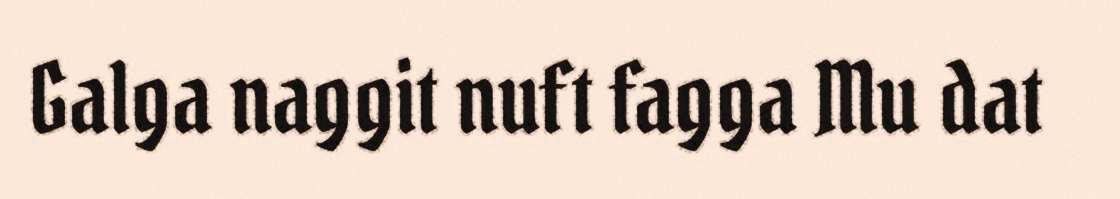
Galga naggit nuft fagga Mu dat